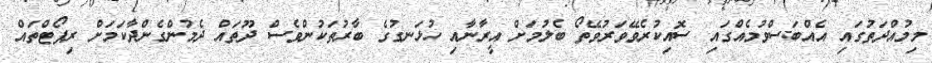
މިމުއްދަތުގައި އެއްބަސްވުމެއްގައި ސޮއިކުރެވޭވަރުވޭތޯ ބެލުމަށް އީރާނާއި ހުޅަނގުގެ ބާރުތަކުންވެސް ދޫތައް ދެމުންގެންދާކަމަށް ރިޕޯޓްތައް